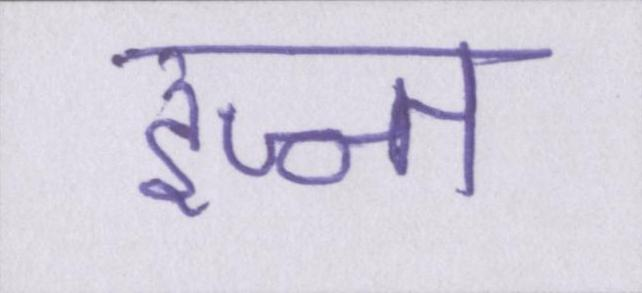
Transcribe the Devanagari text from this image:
इज्ज्त